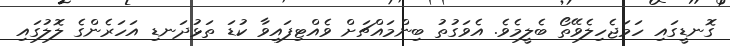
ގޮނޑީގައި ހަމަޖެހިލެވޭތޯ ބެލީމެވެ. އެވަގުތު ބިންމައްޗަށް ވެއްޓިފައިވާ ކުޑަ ތަޅުދަނޑި އަހަރެންގެ ލޮލުގައި